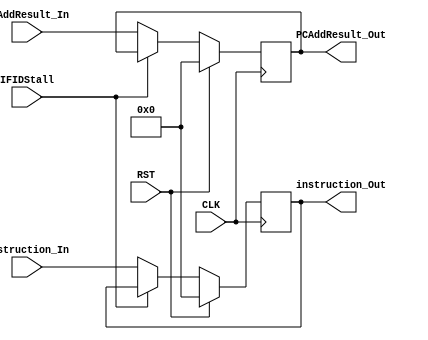
`timescale 1ns / 1ps
//////////////////////////////////////////////////////////////////////////////////
// Engineers: Sebastian Thiem, Brian Winkler
// % effort: Sebastian Thiem(50%), Brian Winkler(50%)
// 
// Module Name:    PipelineRegIF_ID 
// Project Name:   MIPS 32-bit Processor
//
// Description:    A pipline register from the Instruction Fetch stage, 
//                 to the Instruction Decode stage. 
//
//////////////////////////////////////////////////////////////////////////////////
module PipelineRegIF_ID(CLK, RST, IFIDStall,
                        PCAddResult_In, instruction_In,
                        
                        PCAddResult_Out, instruction_Out);
    (*keep = "true"*)
    
	input CLK;
	input RST;
	input IFIDStall;
	
	input [31:0] instruction_In;
	input [31:0] PCAddResult_In;
	
	output reg [31:0] instruction_Out;
	output reg [31:0] PCAddResult_Out;
	
	initial begin
        instruction_Out <= 32'b0;
        PCAddResult_Out <= 32'b0;
	end
	
    always@(posedge CLK) begin
        if( !RST ) begin
            if( !IFIDStall ) begin
                instruction_Out <= instruction_In;
                PCAddResult_Out <= PCAddResult_In;
            end
        end
        else begin
            instruction_Out <= 32'b0;
            PCAddResult_Out <= 32'b0;
        end
    end
	
endmodule